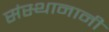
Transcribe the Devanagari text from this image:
संस्थानानी